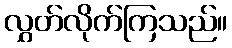
လွှတ်လိုက်ကြသည်။